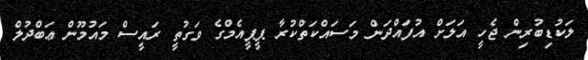
ލަކުޑިބުރިން ޖެހީ އަލަށް އުފައްދަން މަސައްކަތްކުރާ ޕީޕީއެމްގެ ވަގުތީ ރައީސް މައުމޫން ޢަބްދުލް